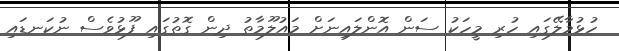
ހުޅުމާލޭގައި ހުރި މީހަކު ސަން އޮންލައިނަށް މައުލޫމާތު ދިން ގޮތުގައި ފޫޅުވެސް ނުކަނޑައި